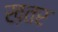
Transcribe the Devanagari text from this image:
ख़तर